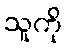
သူကို